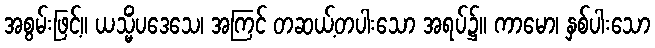
အစွမ်းဖြင့်။ ယသ္မိံပဒေသေ၊ အကြင် တဆယ့်တပါးသော အရပ်၌။ ကာမော၊ နှစ်ပါးသော